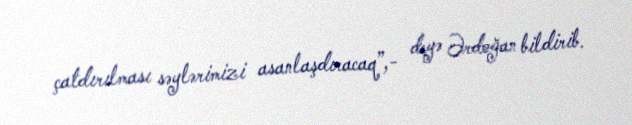
çatdırılması səylərimizi asanlaşdıracaq”,- deyə Ərdoğan bildirib.